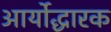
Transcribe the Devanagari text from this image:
आर्योद्धारक